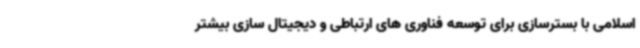
اسلامی با بسترسازی برای توسعه فناوری های ارتباطی و دیجیتال سازی بیشتر